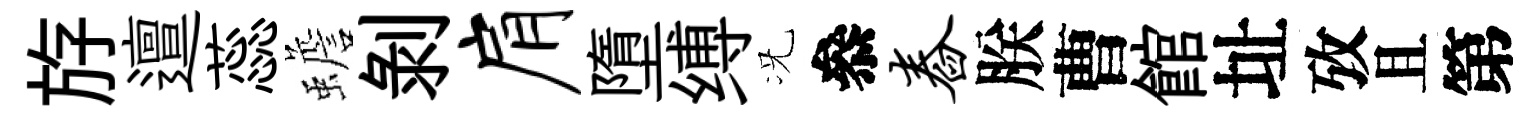
斿邅蕊蟾剝肩墮缚况叅舂朕曹館址攷且第